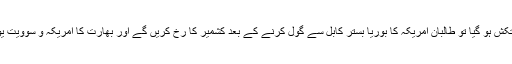
امریکیوں کی طرح اسکے یورپی اور سیکنڈے نیوین اتحادیوں کو ڈر ہے کہ اگر پاکستان اس جنگ سے دستکش ہو گیا تو طالبان امریکہ کا بوریا بستر کابل سے گول کرنے کے بعد کشمیر کا رخ کریں گے اور بھارت کا امریکہ و سوویت یونین سے بدتر حشر ہو گا اس لئے حب علیؓ میں نہیں‘ بغض معاویہؓ میں مسئلہ کشمیر حل کرانا چاہتے ہیں ۔